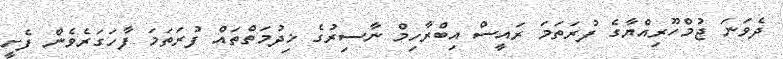
ދެވަނަ ޖުމްހޫރިއްޔާގެ ފުރަތަމަ ރައީސް އިބްރާހިމް ނާސިރުގެ ޚިދުމަތްތައް ފުރަތަމަ ފާހަގަރެވެން ފެށީ